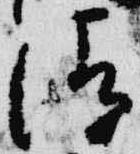
清